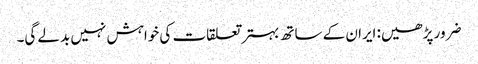
ضرور پڑھیں: ایران کے ساتھ بہتر تعلقات کی خواہش نہیں بدلے گی۔